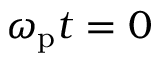
\omega _ { \mathrm { p } } t = 0